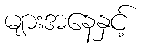
များအနေနှင့်